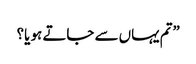
”تم یہاں سے جاتے ہو یا؟